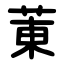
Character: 菄